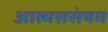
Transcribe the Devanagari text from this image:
आत्मससंयम